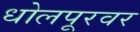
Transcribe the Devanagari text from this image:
धोलपूरवर